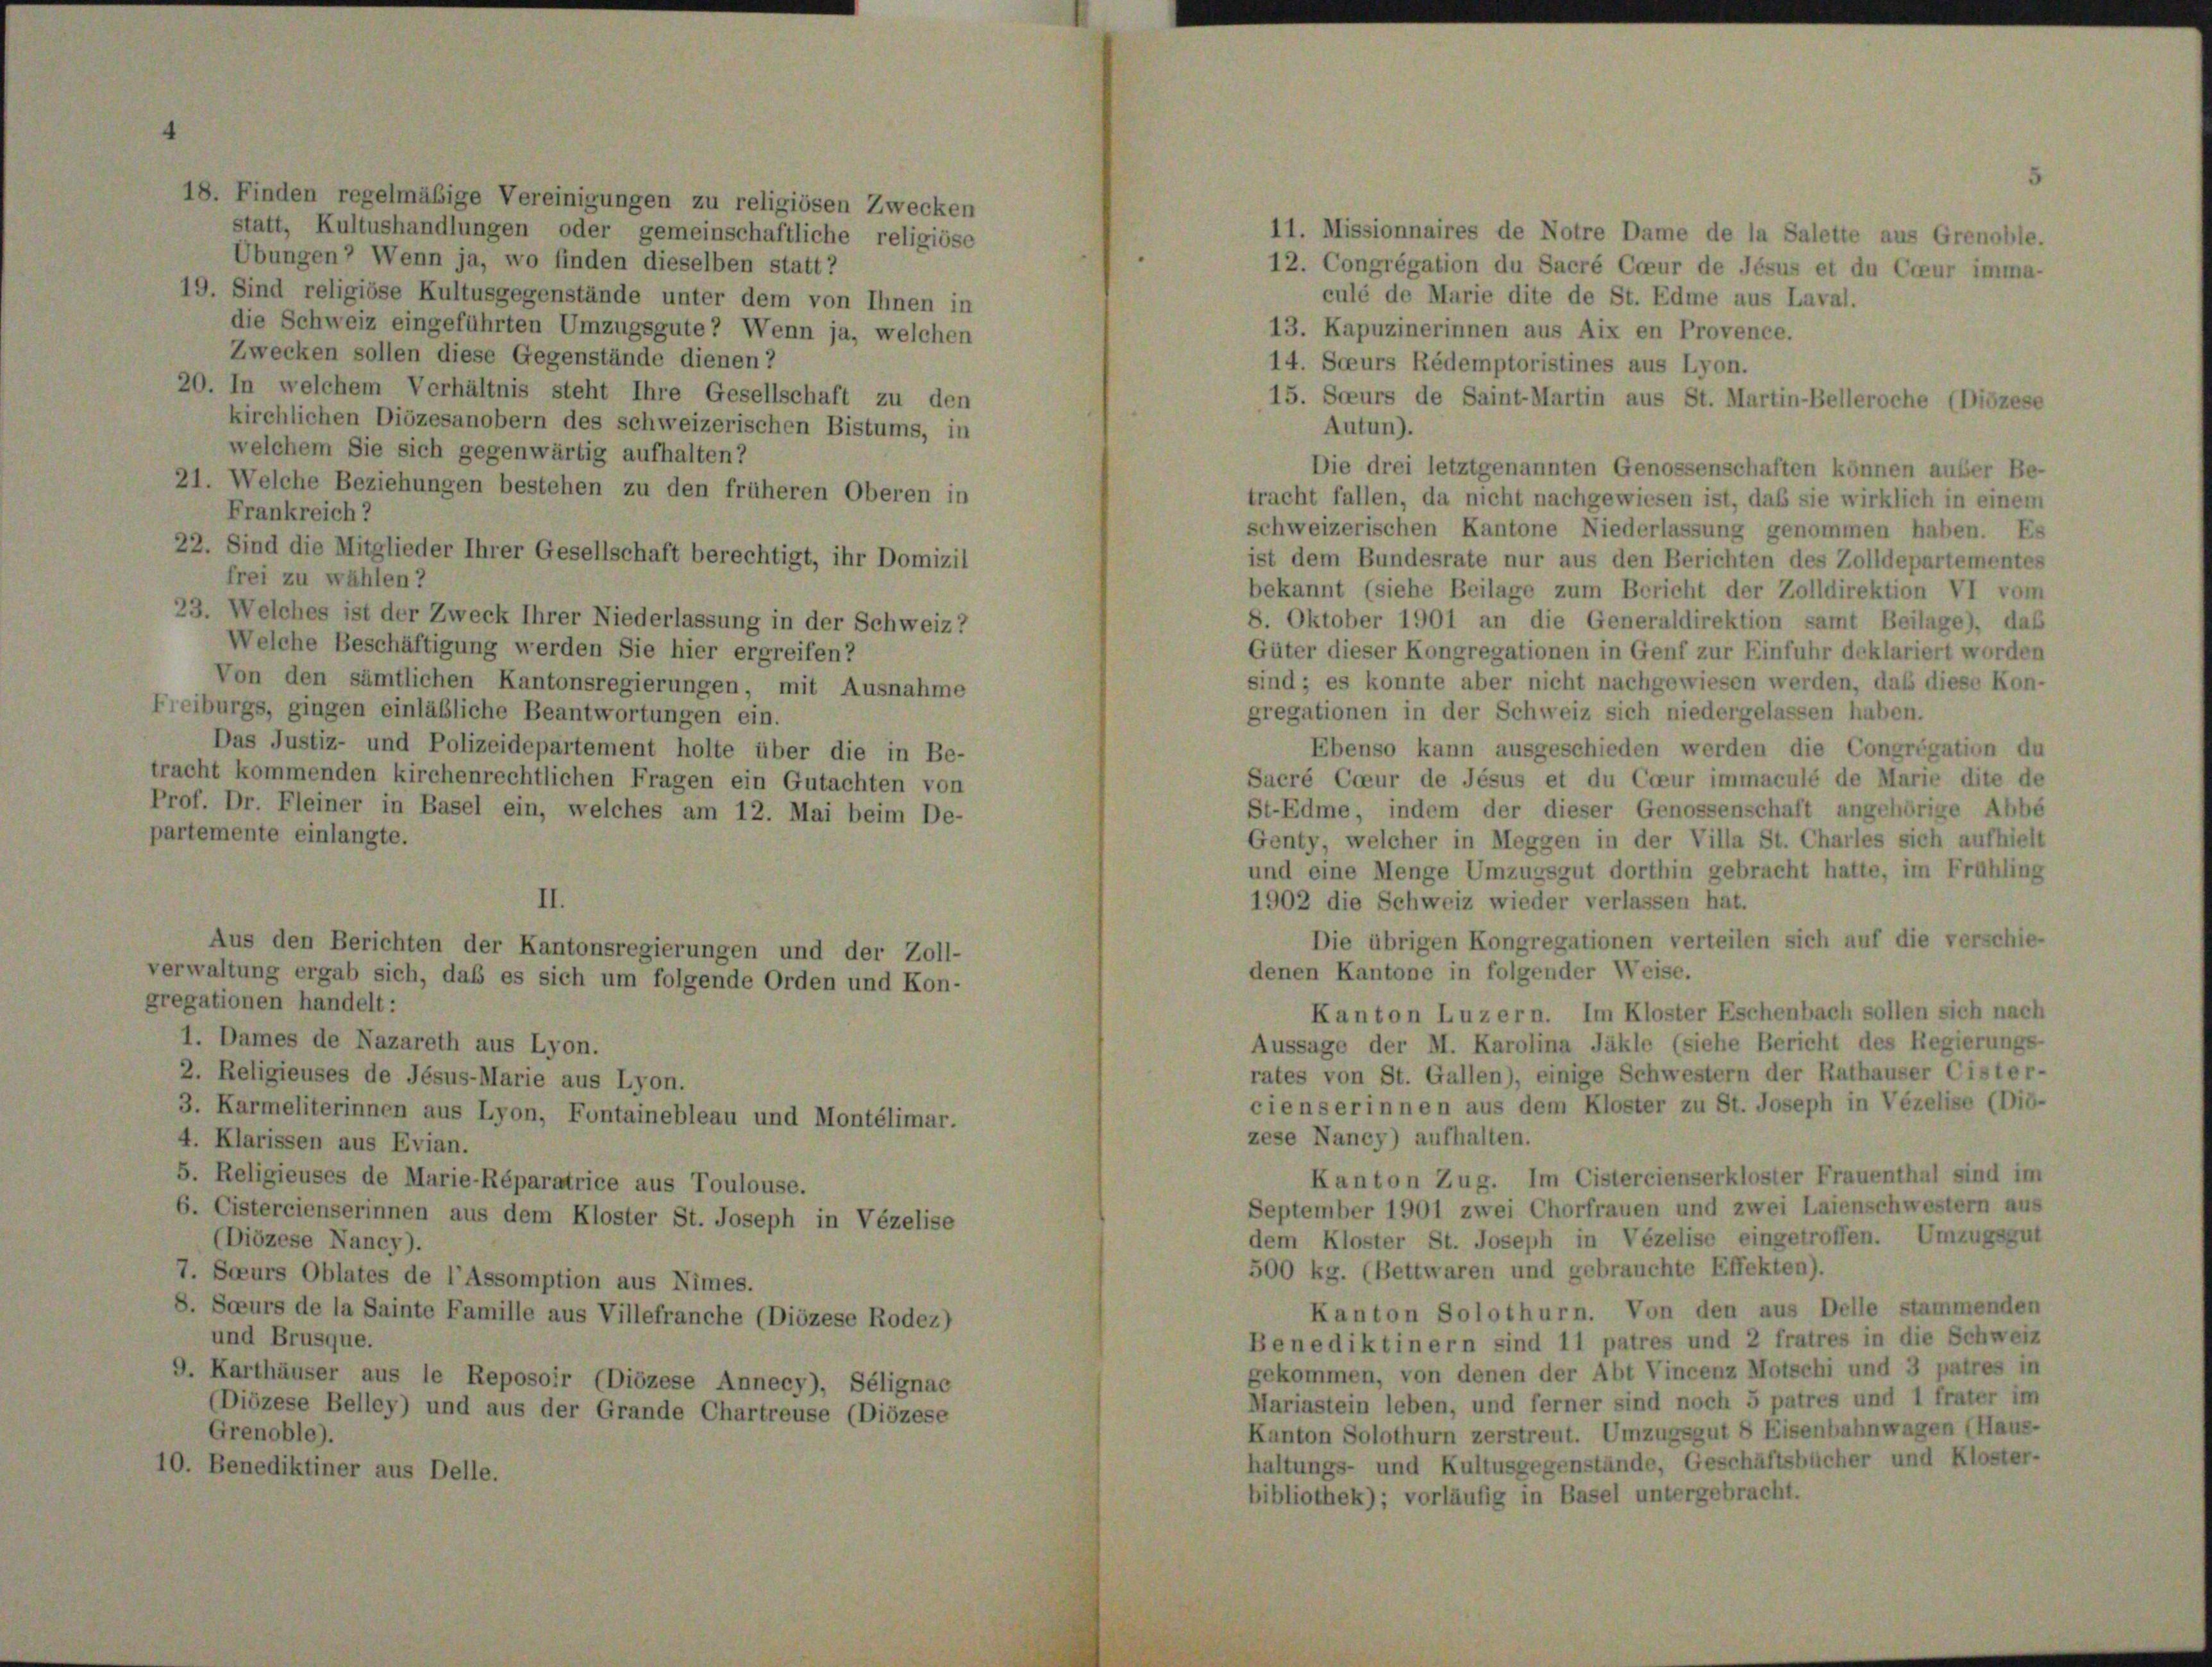
18. Finden regelmäßige Vereinigungen zu religiösen Zwecken
statt, Kultushandlungen oder gemeinschaftliche religiöse
Übungen? Wenn ja, wo finden dieselben statt?
19. Sind religiöse Kultusgegenstände unter dem von Ihnen in
die Schweiz eingeführten Umzugsgute? Wenn ja, welchen
Zwecken sollen diese Gegenstände dienen ?
20. In welchem Verhältnis steht Ihre Gesellschaft zu den
kirchlichen Diözesanobern des schweizerischen Bistums, in
welchem Sie sich gegenwärtig aufhalten?
21. Welche Beziehungen bestehen zu den früheren Oberen in
Frankreich?
22. Sind die Mitglieder Ihrer Gesellschaft berechtigt, ihr Domizil
frei zu wählen?
23. Welches ist der Zweck Ihrer Niederlassung in der Schweiz?
Welche Beschäftigung werden Sie hier ergreifen?
Von den sämtlichen Kantonsregierungen, mit Ausnahme
eiburgs, gingen einläßliche Beantwortungen ein.
Das Justiz- und Polizeidepartement holte über die in Be-
racht kommenden kirchenrechtlichen Fragen ein Gutachten von
Prof. Dr. Fleiner in Basel ein, welches am 12. Mai beim De-
partemente einlangte.
II.
Aus den Berichten der Kantonsregierungen und der Zoll-
Verwaltung ergab sich, daß es sich um folgende Orden und Kon-
gregationen handelt:
1. Dames de Nazareth aus Lyon.
2. Religieuses de Jésus-Marie aus Lyon.
3. Karmeliterinnen aus Lyon, Fontainebleau und Montélimar.
4. Klarissen aus Evian.
5. Religieuses de Marie-Réparatrice aus Toulouse.
6. Cistercienserinnen aus dem Kloster St. Joseph in Vézelise
(Diözese Nancy).
7. Soeurs Oblates de l’Assomption aus Nimes.
8. Soeurs de la Sainte Famille aus Villefranche (Diözese Rodez)
und Brusque.
9. Karthäuser aus le Reposoir (Diözese Annecy), Sélignac
(Diözese Belley) und aus der Grande Chartreuse (Diözese
Grenoble).
10. Benediktiner aus Delle.

11. Missionnaires de Notre Dame de la Salette aus Grenoble.
12. Congrégation du Sacré Cceur de Jesus et du Coeur imma-
culé de Marie dite de St. Edme aus Laval.
13. Kapuzinerinnen aus Aix en Provence.
14. Soeurs Rédemptoristines aus Lyon.
15. Soeurs de Saint-Martin aus St. Martin-Belleroche (Diözese
Autun).
Die drei letztgenannten Genossenschaften können außer Be-
tracht fallen, da nicht nachgewiesen ist, daß sie wirklich in einem
schweizerischen Kantone Niederlassung genommen haben. Es
ist dem Bundesrate nur aus den Berichten des Zolldepartementes
bekannt (siehe Beilage zum Bericht der Zolldirektion VI vom
8. Oktober 1901 an die Generaldirektion samt Beilage), daß
Güter dieser Kongregationen in Genf zur Einfuhr deklariert worden
sind; es konnte aber nicht nachgewiesen werden, daß diese Kon-
gregationen in der Schweiz sich niedergelassen haben.
Ebenso kann ausgeschieden werden die Congregation du
Sacré Coeur de Jesus et du Coeur immaculé de Marie dite de
St-Edme, indem der dieser Genossenschaft angehörige Abbe
Genty, welcher in Meggen in der Villa St. Charles sich aufhielt
und eine Menge Umzugsgut dorthin gebracht hatte, im Frühling
1902 die Schweiz wieder verlassen hat.
Die übrigen Kongregationen verteilen sich auf die verschie-
denen Kantone in folgender Weise.
Kanton Luzern. Im Kloster Eschenbach sollen sich nach
Aussage der M. Karolina Jäkle (siehe Bericht des Regierungs-
rates von St. Gallen), einige Schwestern der Rathauser Cister-
ciens erinnen aus dem Kloster zu St. Joseph in Vézelise (Diö-
zese Nancy) aufhalten.
Kanton Zug. Im Cistercienserkloster Frauenthal sind im
September 1901 zwei Chorfrauen und zwei Laienschwestern aus
dem Kloster St. Joseph in Vézelise eingetroffen. Umzugsgut
500 kg. (Bettwaren und gebrauchte Effekten).
Kanton Solothurn. Von den aus Delle stammenden
Benediktinern sind 11 patres und 2 fratres in die Schweiz
gekommen, von denen der Abt Vincenz Motschi und 3 patres in
Mariastein leben, und ferner sind noch 5 patres und 1 frater im
Kanton Solothurn zerstreut. Umzugsgut 8 Eisenbahnwagen (Haus-
haltungs- und Kultusgegenstände, Geschäftsbücher und Kloster-
bibliothek); vorläufig in Basel untergebracht.